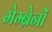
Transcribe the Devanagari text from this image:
मेम्ब्रेनों